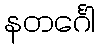
နတင်္ဂေါ